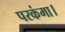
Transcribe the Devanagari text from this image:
परकंमा।